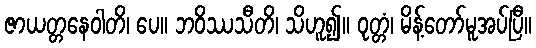
ဇာယတ္တနေဝါတိ၊ ပေ။ ဘဝိဿသီတိ၊ သိဟူ၍။ ဝုတ္တံ၊ မိန့်တော်မူအပ်ပြီ။